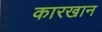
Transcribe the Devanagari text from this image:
कारखान